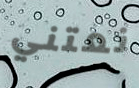
نعتني